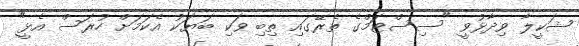
ޝަކީލާ ވިދާޅުވީ "ސިސްޓަމްގެ ތެރޭގައި ތިބި ވަކި ބަޔަކު އެކަމަށް ހުރަސް އެޅީ"